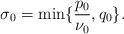
LaTeX: \begin{align*}\sigma_0=\min\{\frac{p_0}{\nu_0}, q_0\}.\end{align*}